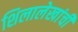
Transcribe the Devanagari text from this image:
शिलालेखांची